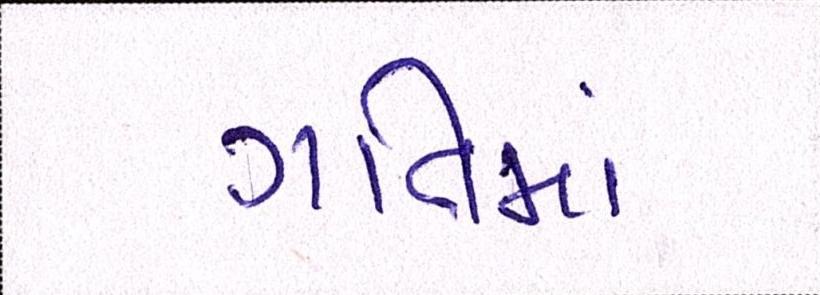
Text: ગતિમાં